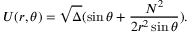
U ( r , \theta ) = \sqrt { \Delta } ( \sin \theta + \frac { N ^ { 2 } } { 2 r ^ { 2 } \sin \theta } ) .